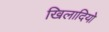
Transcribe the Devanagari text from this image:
खिलादियो